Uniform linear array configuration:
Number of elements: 48
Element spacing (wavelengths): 0.5
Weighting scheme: exponential
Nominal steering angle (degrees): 15
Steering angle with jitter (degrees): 15.856
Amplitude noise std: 0.05
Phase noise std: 0.05

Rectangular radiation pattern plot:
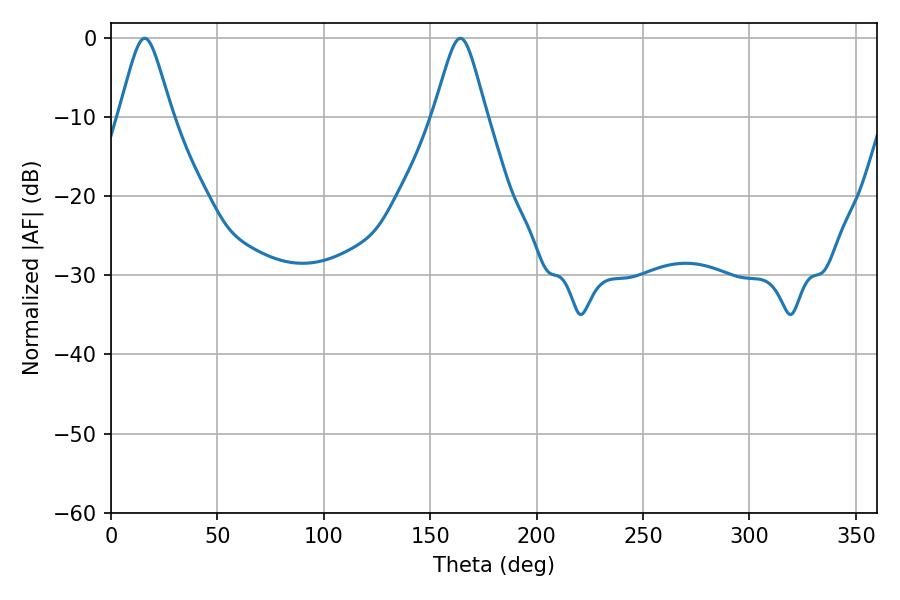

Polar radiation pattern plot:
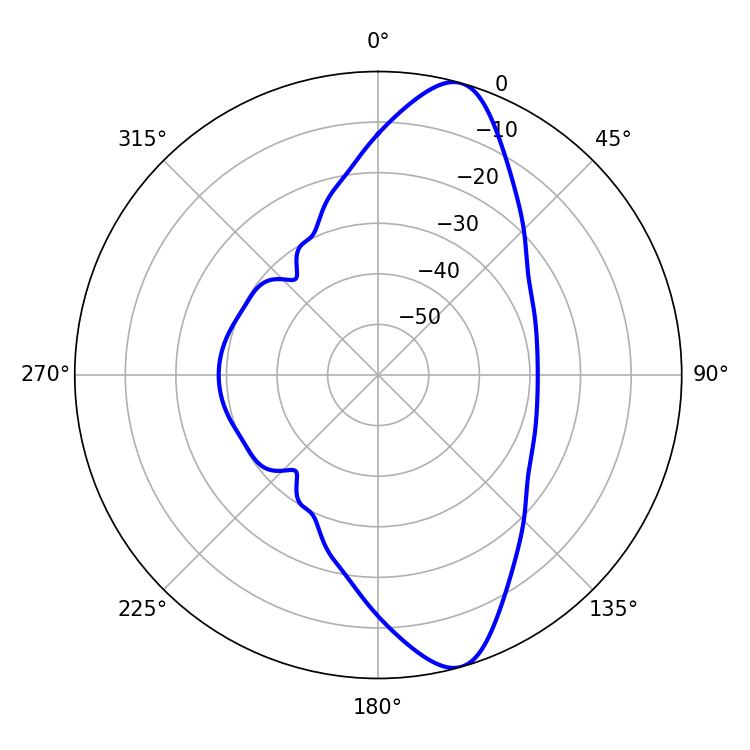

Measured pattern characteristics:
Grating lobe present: FALSE
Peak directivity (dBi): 11.472
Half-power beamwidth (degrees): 11.88
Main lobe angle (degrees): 15.84